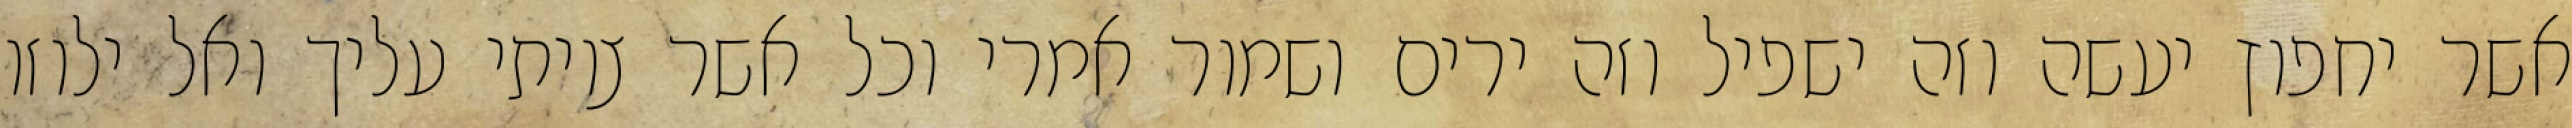
אשר יחפוץ יעשה וזה ישפיל וזה ירים ושמור אמרי וכל אשר צויתי עליך ואל ילוזו